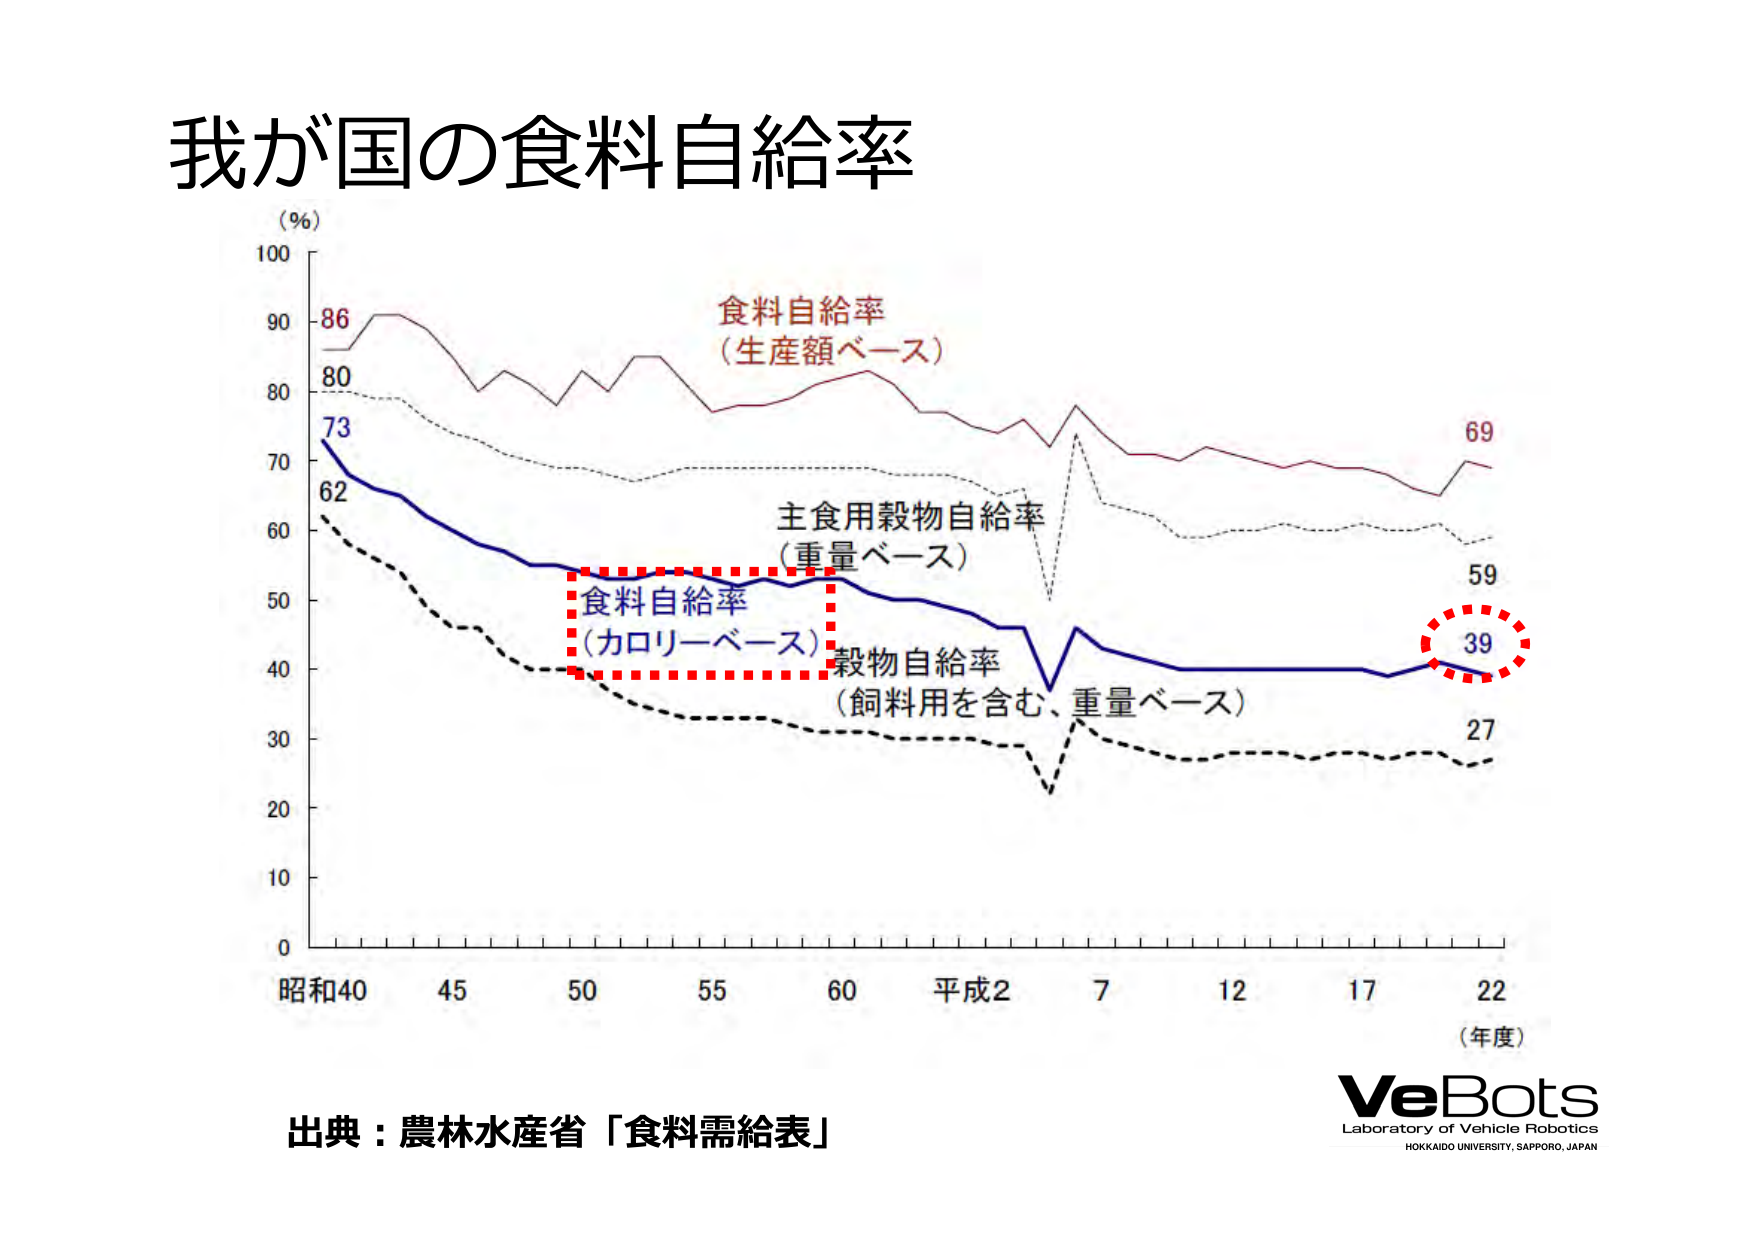
我が国の食料自給率

(％)
100
90
80
70
60
50
40
30
20
10
0

86
80
73
62

食料自給率
（生産額ベース）

主食用穀物自給率
（重量ベース）

食料自給率
（カロリーベース）

穀物自給率
（飼料用を含む、重量ベース）

69
59
39
27

昭和40　45　50　55　60　平成2　7　12　17　22
（年度）

出典：農林水産省「食料需給表」

VeBots
Laboratory of Vehicle Robotics
HOKKAIDO UNIVERSITY, SAPPORO, JAPAN